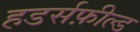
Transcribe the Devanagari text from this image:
हडर्सफ़ील्ड